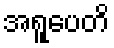
အရူပေတိ